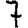
Digit: 7